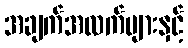
အချက်အလက်များနှင့်